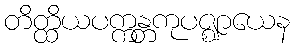
တိတ္ထိယပက္ကန္တကုပဇ္ဈာယေန